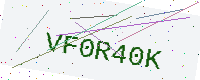
Text: VF0R40K